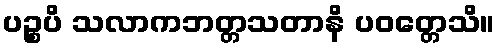
ပဉ္စပိ သလာကဘတ္တသတာနိ ပဝတ္တေသိ။